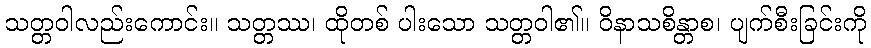
သတ္တဝါလည်းကောင်း။ သတ္တဿ၊ ထိုတစ် ပါးသော သတ္တဝါ၏။ ဝိနာသစိန္တာစ၊ ပျက်စီးခြင်းကို